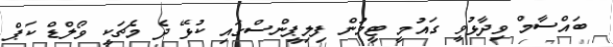
ބައްސާމް ވިދާޅުވީ ގައުމީ ޓީމުން ފިލިޕީންސްގައި ކުޅޭ ދެ މެޗަކީ ވޯލްޑް ކަޕް